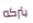
يتركه